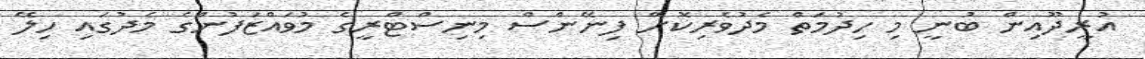
އުރީދޫއިން ބުނީ މި ހިދުމަތް މެދުވެރިކޮށް ފިނޭންސް މިނިސްޓްރީގެ މުވައްޒަފުންގެ މެދުގައި ހިލޭ